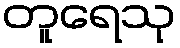
တူရေသု